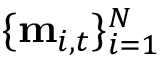
\{ \mathbf { m } _ { i , t } \} _ { i = 1 } ^ { N }